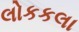
લોકકલા